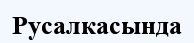
Русалкасында